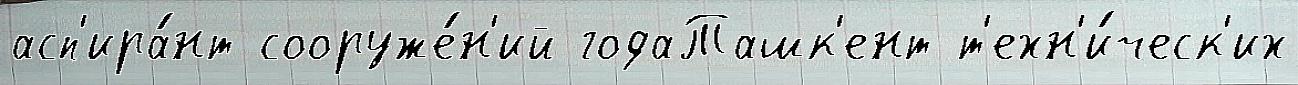
асп'ира́нт сооруже́н'ий годаТашк'ент т'ехн'и́ческ'их